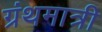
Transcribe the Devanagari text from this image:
ग्रंथमात्री